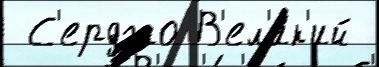
 С'ерджо В'ел'и́к'ий